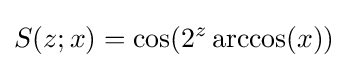
S(z;x)=\cos(2^{z}\arccos(x))